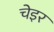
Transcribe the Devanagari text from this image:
चेइर